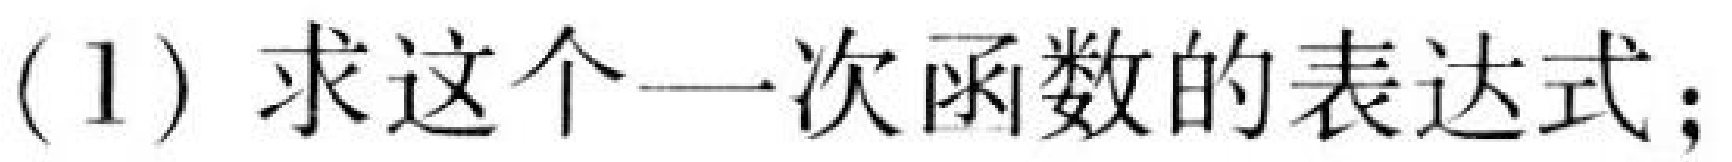
(1) 求这个一次函数的表达式；